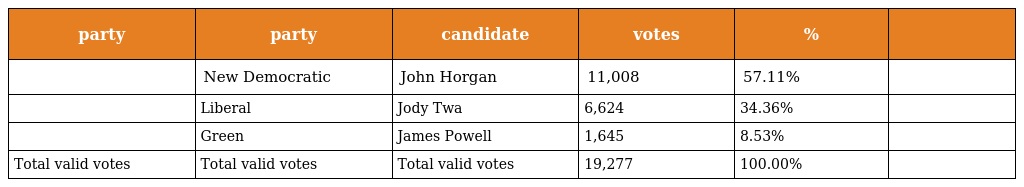
| party | party | candidate | votes | % |  |
 | --- | --- | --- | --- | --- | --- |
 |  | New Democratic | John Horgan | 11,008 | 57.11% |  |
 |  | Liberal | Jody Twa | 6,624 | 34.36% |  |
 |  | Green | James Powell | 1,645 | 8.53% |  |
 | Total valid votes | Total valid votes | Total valid votes | 19,277 | 100.00% |  |